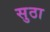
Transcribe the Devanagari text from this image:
सुठा